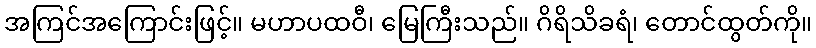
အကြင်အကြောင်းဖြင့်။ မဟာပထဝီ၊ မြေကြီးသည်။ ဂိရိသိခရံ၊ တောင်ထွတ်ကို။